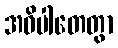
အဓိပါတေတွာ